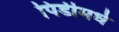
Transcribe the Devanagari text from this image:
पिडीमधे